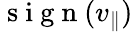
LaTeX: \mathrm{~s~i~g~n~}(v_{\| })